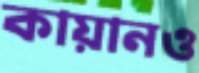
কায়ানও